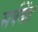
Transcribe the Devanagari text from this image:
सर्वश्रेंष्ठ